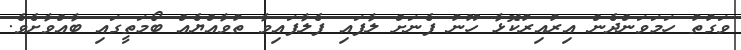
ވަގުތު ހަމަވަންދެން އިރުއިރުކޮޅާ ހޫނު ފެނަށް ލާފައި ފެލާފައިވާ ތުވާއްޔެއް ބޯމަތީގައި ބާއްވާށެވެ.